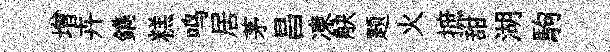
增卉鐫糕鸣居茅昌凍觖题火摭甜湖駒